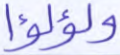
ولؤلؤا